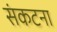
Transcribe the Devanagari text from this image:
संकटना